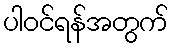
ပါဝင်ရန်အတွက်